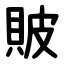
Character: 貱